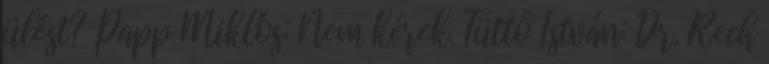
ülést? Papp Miklós: Nem kérek. Tüttő István: Dr. Rech